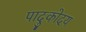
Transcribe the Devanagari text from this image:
पादुकोदय